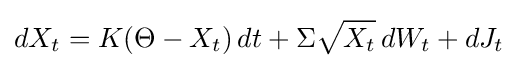
dX_{t}=K(\Theta -X_{t})\,dt+\Sigma {\sqrt {X_{t}}}\,dW_{t}+dJ_{t}